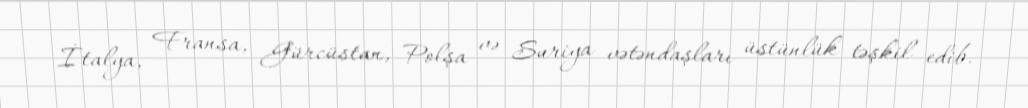
İtalya, Fransa, Gürcüstan, Polşa və Suriya vətəndaşları üstünlük təşkil edib.